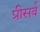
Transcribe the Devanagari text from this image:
प्रीसर्व